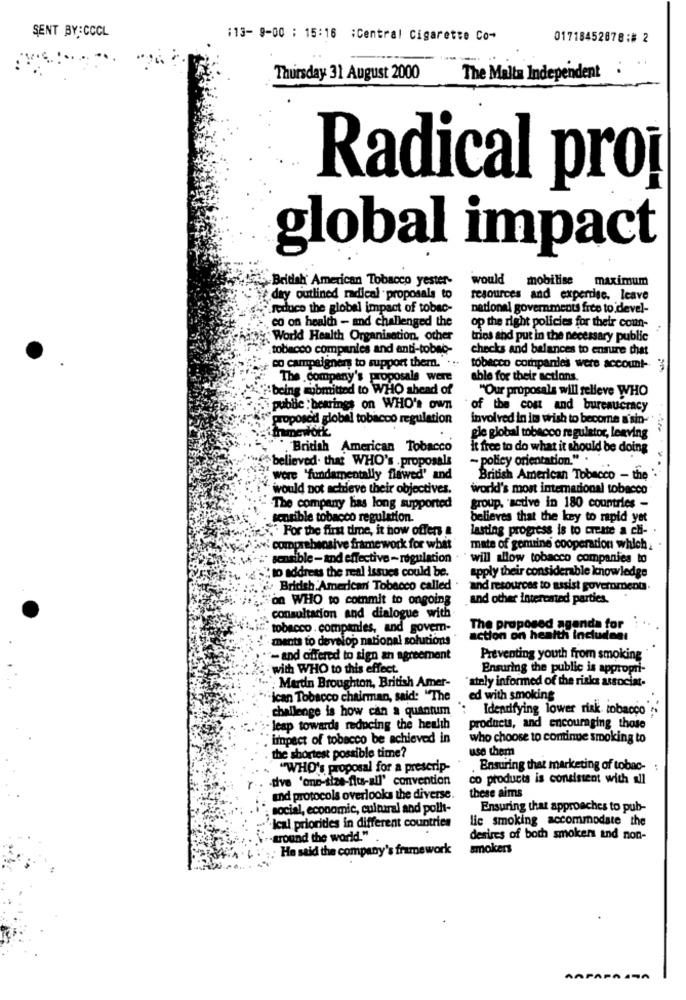
SENT BY:CCCL
:13- 9-00 : 15:16 :Central Cigarette Co-
01718452878:# 2
Thursday 31 August 2000
The Malta Independent
Radical proj
global impact
British American Tobacco yester-
would mobilise
maximum
day outlined radical . proposals to
resources and expertise. leave
reduce the global impact of tobac-
national governments free to devel-
co on health - and challenged the
op the right policies for their conn-
World Health Organisation, other
trios and put in the necessary public
tobacco companies and anti-tobac-
checks and balances to ensure that
co campaign
palgnen to support them. ..
tobacco companies were account- 3
The company's
ny's proposals were
able for their actions.
i:being submitted to WHO ahead of
"Our proposals will selleve WHO
public :bearings on WHO's Own
of the cost and bureaucracy
proposed global tobacco regulation
involved in im wish to become a'sin-
homework
gle global tobacco regulator, leaving
British American Tobacco
it free to do what it should be doing
believed. that WHO's . proposals
- policy orientation." .
were "fundamentally flawed' and
British American Tobacco - the
would not achieve their objectives.
world's most international tobacco
-The company has long supported
group, medve in 180 countries -
sensible tobacco regulation.
believes that the key to rapid yet
. For the first time, it now offers a
lasting progress is to create a chi-
compretwosive framework for what
mate of genuine cooperation which.
sensible - and effective- regulation
will allow tobacco companies to
"to address the real issues could be.
apply their considerable knowledge
British American Tobacco called
and resources to assist government.
on WHO to commit to ongoing
and other interested parties.
consultation and dialogue with
tobacco . companies, and govern-
The proposed agenda for
ments to develop national solutions
action on health Includea:
- and offered to sign an agreement
Preventing youth from smoking
with WHO to this effect.
Ensuring the public is appropri-
"ately informed of the risks associat.
Mardin Broughton, British Amer-
ican Tobacco chairman, said: "The
ed with smoking
challenge is how can a quantum
': Identifying lower risk tobacco
- leap towards reducing the health
products, and encouraging those
impact of tobacco be achieved in
who choose to continue smoking to
use them
the shortest possible time?
"WHO'S proposal for a prescrip-
Ensuring that marketing of tobac- :
-dive 'one-size-fits-all' convention
co products is consistent with all
these aims
and protocols overlooks the diverse.
social, economic, cultural and pollt-
Ensuring that approaches to pub-
lic smoking accommodate the
Ical priorides in different countries
around the world."
desires of both smoker and non-
: He said the company's framework
smokers